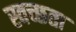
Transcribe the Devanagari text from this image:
स्वच्‍छता